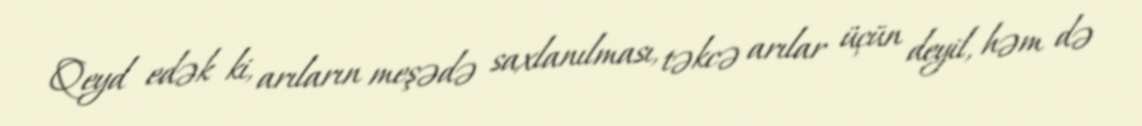
Qeyd edək ki, arıların meşədə saxlanılması, təkcə arılar üçün deyil, həm də